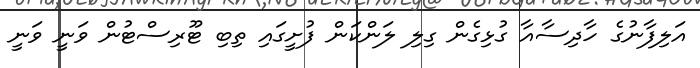
އަލިފާނުގެ ހާދިސާއާ ގުޅިގެން ގިލި ލަންކަން ފުށީގައި ތިބި ޓޫރިސްޓުން ވަނީ ވަނީ